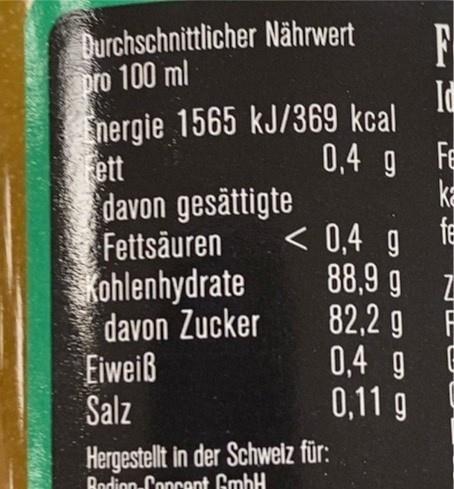
Durchschnittlicher Nährwert pro 100 ml
F
Id Energie 1565 kJ/369 kcal 0,4 g Fe ka fe
Fett davon gesättigte Fettsäuren Kohlenhydrate davon Zucker Eiweiß Salz
< 0,4 g 88,9 g Z 82,2 g F 0,4 g E 0,11 g 9
Hergestellt in der Schwelz für: Rodion-Concent GmbH